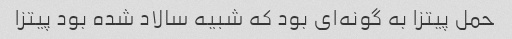
حمل پیتزا به گونه‌ای بود که شبیه سالاد شده بود پیتزا